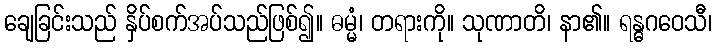
ချေခြင်းသည် နှိပ်စက်အပ်သည်ဖြစ်၍။ ဓမ္မံ၊ တရားကို။ သုဏာတိ၊ နာ၏။ ရန္ဓဂဝေသီ၊